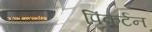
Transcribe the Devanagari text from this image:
पिंकर्टन